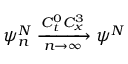
\psi _ { n } ^ { N } \xrightarrow [ n \rightarrow \infty ] { C _ { t } ^ { 0 } C _ { x } ^ { 3 } } \psi ^ { N }